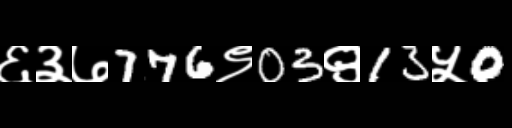
Text: ६३७776९03९13५0